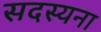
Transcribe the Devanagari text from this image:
सदस्यना